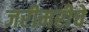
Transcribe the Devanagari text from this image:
जरीमरीचे